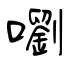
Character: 嚠